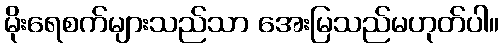
မိုးရေစက်များသည်သာ အေးမြသည်မဟုတ်ပါ။